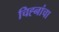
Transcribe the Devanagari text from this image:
चिह्नांचा